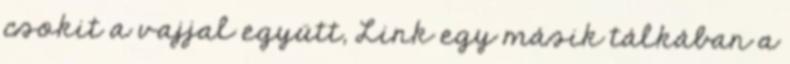
csokit a vajjal együtt, Link egy másik tálkában a